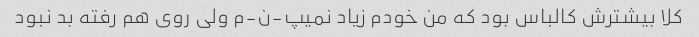
کلا بیشترش کالباس بود که من خودم زیاد نمیپ-ن-م ولی روی هم رفته بد نبود